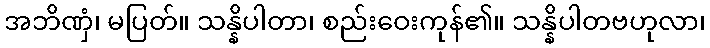
အဘိဏှံ၊ မပြတ်။ သန္နိပါတာ၊ စည်းဝေးကုန်၏။ သန္နိပါတဗဟုလာ၊